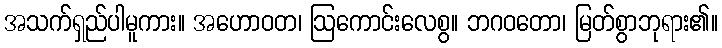
အသက်ရှည်ပါမူကား။ အဟောဝတ၊ ဩကောင်းလေစွ။ ဘဂဝတော၊ မြတ်စွာဘုရား၏။